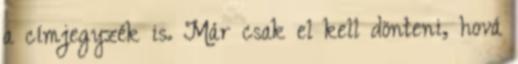
a címjegyzék is. Már csak el kell dönteni, hová